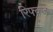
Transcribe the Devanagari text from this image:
रिफ्क्ज